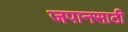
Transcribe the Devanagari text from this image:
जपानसाठी